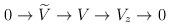
LaTeX: \begin{align*}0 \rightarrow \widetilde{V} \rightarrow V \rightarrow V_{z}\rightarrow 0\end{align*}